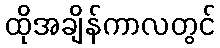
ထိုအချိန်ကာလတွင်